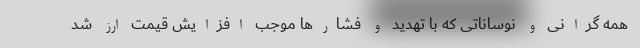
همه گرانی و نوساناتی که با تهدید و فشارها موجب افزایش قیمت ارز شد